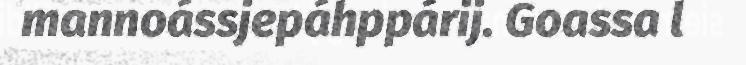
mannoássjepáhppárij. Goassa l